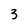
Character: 3